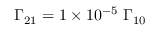
\Gamma _ { 2 1 } = 1 \times 1 0 ^ { - 5 } \ \Gamma _ { 1 0 }